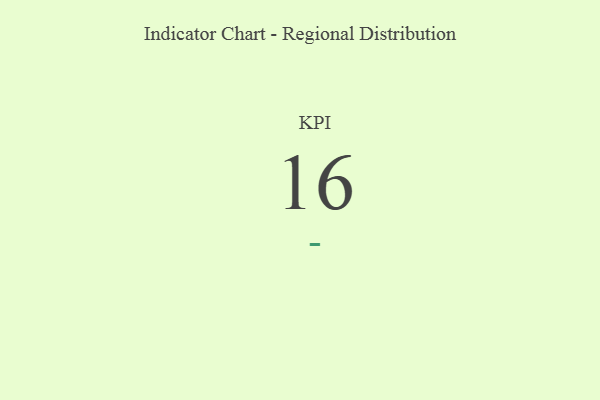
{"axis": {"x": "KPI", "y": "Value"}, "legend": [""], "data": [{"x": "KPI", "y": 16, "type": ""}]}